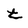
Character: t